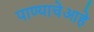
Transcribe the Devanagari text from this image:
पाण्याचेआहे